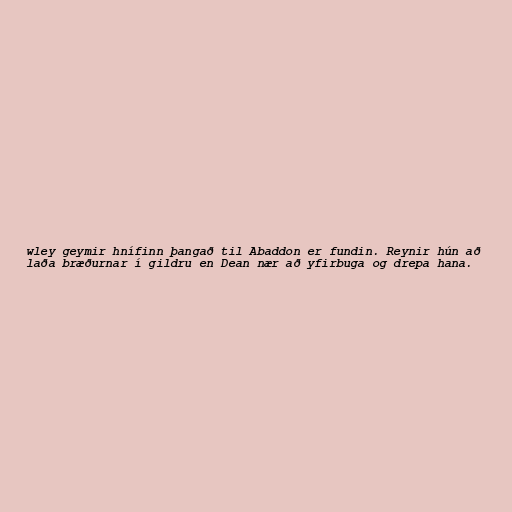
wley geymir hnífinn þangað til Abaddon er fundin. Reynir hún að
laða bræðurnar í gildru en Dean nær að yfirbuga og drepa hana.